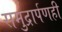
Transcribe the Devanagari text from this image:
समुद्रार्पणही